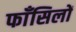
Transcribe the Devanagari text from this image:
फाँसिलों